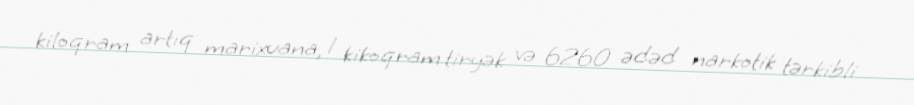
kiloqram artıq marixuana, 1 kikoqram tiryək və 6260 ədəd narkotik tərkibli